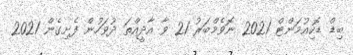
ބިޑް ޑޮކިއުމަންޓް 2021 ނޮވެމްބަރު 21 ވާ އާދީއްތަ ދުވަހުން ފެށިގެން 2021